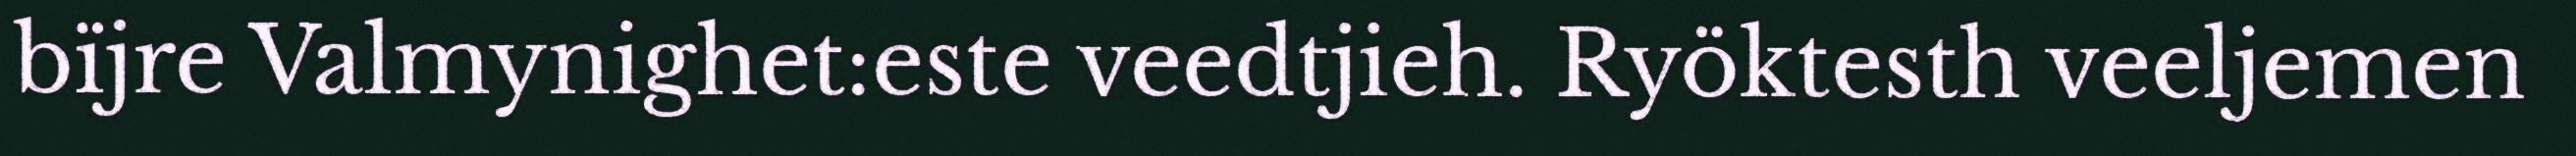
bïjre Valmynighet:este veedtjieh. Ryöktesth veeljemen